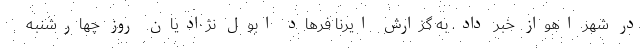
در شهر اهواز خبر داد. به گزارش ایرنا فرهاد ابول نژادیان روز چهارشنبه